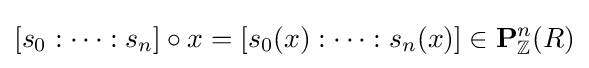
[s_{0}:\cdots :s_{n}]\circ x=[s_{0}(x):\cdots :s_{n}(x)]\in \mathbf {P} _{\mathbb {Z} }^{n}(R)